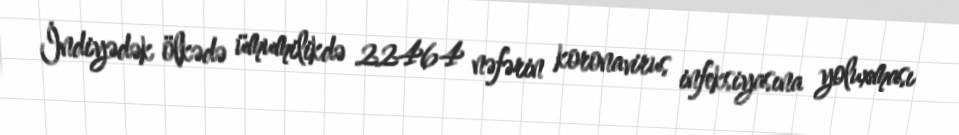
İndiyədək ölkədə ümumilikdə 22464 nəfərin koronavirus infeksiyasına yoluxması